Rangoon Lunatic Asylum 1878-1892 - 1878-1892
Year: 1878
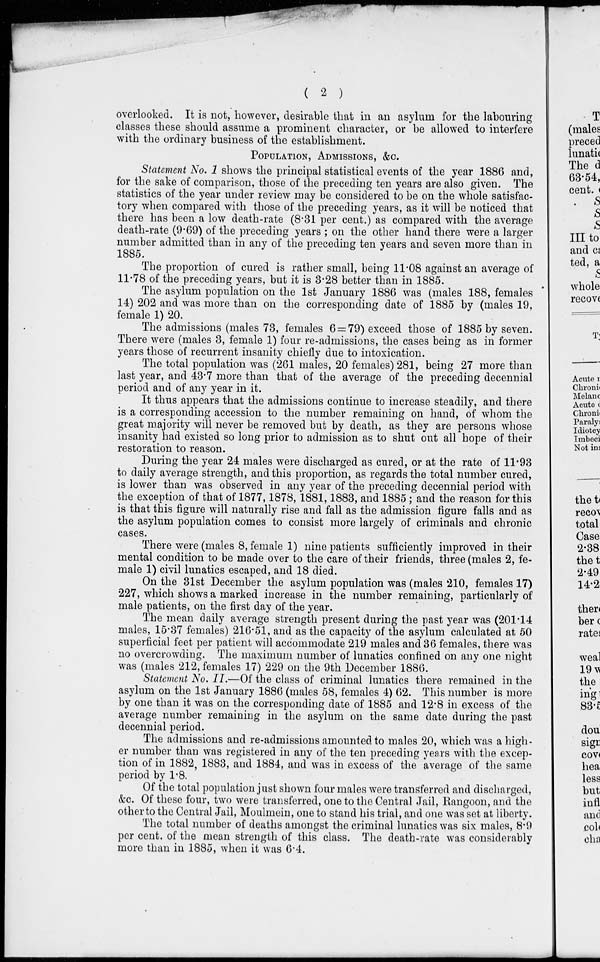
( 2 )
overlooked. It is not, however, desirable that in an asylum for the labouring
classes these should assume a prominent character, or be allowed to interfere
with the ordinary business of the establishment.
POPULATION, ADMISSIONS, &C.
Statement No. 1 shows the principal statistical events of the year 1886 and,
for the sake of comparison, those of the preceding ten years are also given. The
statistics of the year under review may be considered to be on the whole satisfac-
tory when compared with those of the preceding years, as it will be noticed that
there has been a low death-rate (8.31 per cent.) as compared with the average
death-rate (9.69) of the preceding years ; on the other hand there were a larger
number admitted than in any of the preceding ten years and seven more than in
1885.
The proportion of cured is rather small, being 11.08 against an average of
11.78 of the preceding years, but it is 3.28 better than in 1885.
The asylum population on the 1st January 1886 was (males 188, females
14) 202 and was more than on the corresponding date of 1885 by (males 19,
female 1) 20.
The admissions (males 73, females 6 = 79) exceed those of 1885 by seven.
There were (males 3, female 1) four re-admissions, the cases being as in former
years those of recurrent insanity chiefly due to intoxication.
The total population was (261 males, 20 females) 281, being 27 more than
last year, and 43.7 more than that of the average of the preceding decennial
period and of any year in it.
It thus appears that the admissions continue to increase steadily, and there
is a corresponding accession to the number remaining on hand, of whom the
great majority will never be removed but by death, as they are persons whose
insanity had existed so long prior to admission as to shut out all hope of their
restoration to reason.
During the year 24 males were discharged as cured, or at the rate of 11.93
to daily average strength, and this proportion, as regards the total number cured,
is lower than was observed in any year of the preceding decennial period with
the exception of that of 1877, 1878, 1881, 1883, and 1885 ; and the reason for this
is that this figure will naturally rise and fall as the admission figure falls and as
the asylum population comes to consist more largely of criminals and chronic
cases.
There were (males 8, female 1) nine patients sufficiently improved in their
mental condition to be made over to the care of their friends, three (males 2, fe-
male 1) civil lunatics escaped, and 18 died.
On the 31st December the asylum population was (males 210, females 17)
227, which shows a marked increase in the number remaining, particularly of
male patients, on the first day of the year.
The mean daily average strength present during the past year was (201.14
males, 15.37 females) 216.51, and as the capacity of the asylum calculated at 50
superficial feet per patient will accommodate 219 males and 36 females, there was
no overcrowding. The maximum number of lunatics confined on any one night
was (males 212, females 17) 229 on the 9th December 1886.
Statement No. II.—Of the class of criminal lunatics there remained in the
asylum on the 1st January 1886 (males 58, females 4) 62. This number is more
by one than it was on the corresponding date of 1885 and 12.8 in excess of the
average number remaining in the asylum on the same date during the past
decennial period.
The admissions and re-admissions amounted to males 20, which was a high-
er number than was registered in any of the ten preceding years with the excep-
tion of in 1882, 1883, and 1884, and was in excess of the average of the same
period by 1.8.
Of the total population just shown four males were transferred and discharged,
&c. Of these four, two were transferred, one to the Central Jail, Rangoon, and the
other to the Central Jail, Moulmein, one to stand his trial, and one was set at liberty.
The total number of deaths amongst the criminal lunatics was six males, 8.9
per cent. of the mean strength of this class. The death-rate was considerably
more than in 1885, when it was 6.4.